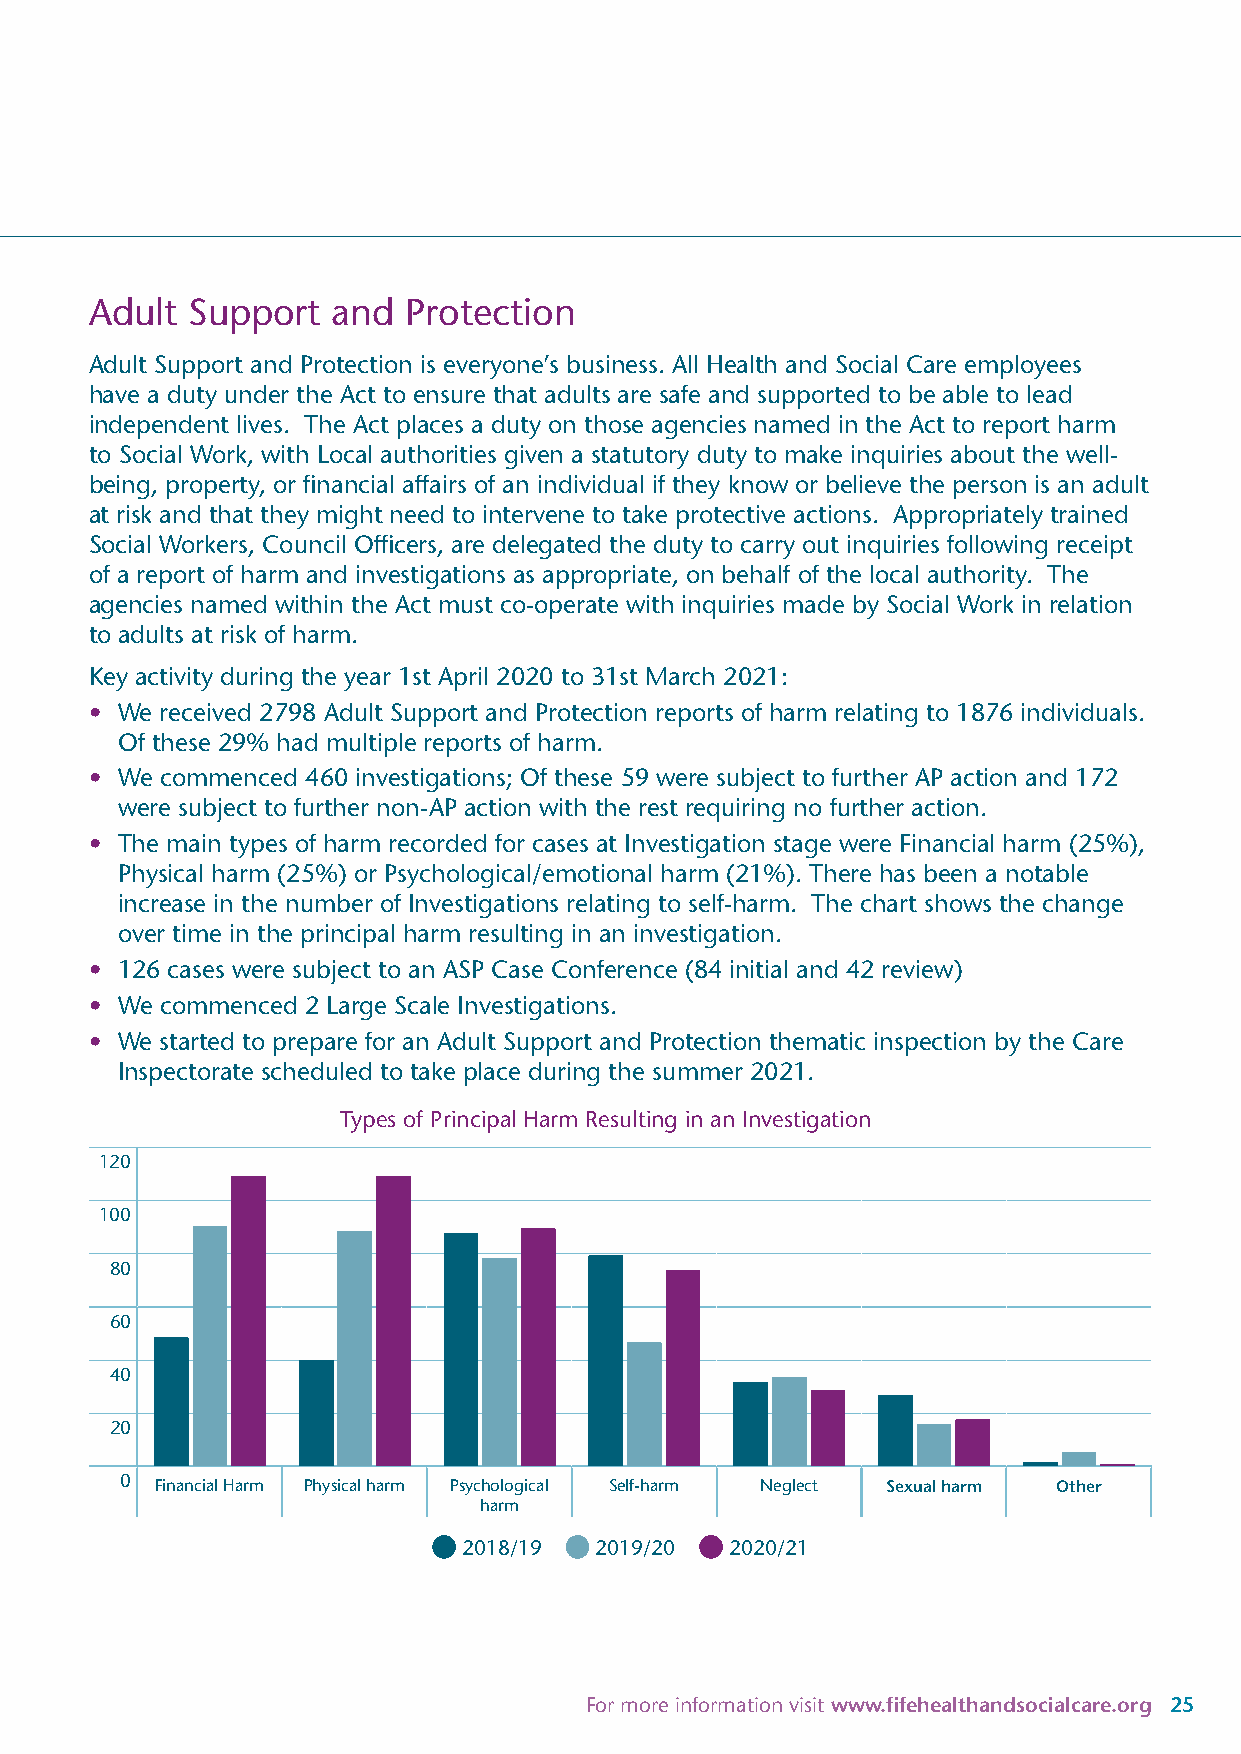
Adult Support   and  Protection
 Adult Support and Protection is everyone’s business. All Health and Social Care employees
 have a duty under the Act to ensure that adults are safe and supported to be able to lead
 independent lives. The Act places a duty on those agencies named in the Act to report harm
 to Social Work, with Local authorities given a statutory duty to make inquiries about the well-
 being, property, or financial affairs of an individual if they know or believe the person is an adult
 at risk and that they might need to intervene to take protective actions. Appropriately trained
 Social Workers, Council Officers, are delegated the duty to carry out inquiries following receipt
 of a report of harm and investigations as appropriate, on behalf of the local authority. The
 agencies named within the Act must co-operate with inquiries made by Social Work in relation
 to adults at risk of harm.
 Key activity during the year 1st April 2020 to 31st March 2021:
 • We received 2798 Adult Support and Protection reports of harm relating to 1876 individuals.
 Of these 29% had multiple reports of harm.
 • We commenced 460 investigations; Of these 59 were subject to further AP action and 172
 were subject to further non-AP action with the rest requiring no further action.
 • The main types of harm recorded for cases at Investigation stage were Financial harm (25%),
 Physical harm (25%) or Psychological/emotional harm (21%). There has been a notable
 increase in the number of Investigations relating to self-harm. The chart shows the change
 over time in the principal harm resulting in an investigation.
 • 126 cases were subject to an ASP Case Conference (84 initial and 42 review)
 • We commenced 2 Large Scale Investigations.
 • We started to prepare for an Adult Support and Protection thematic inspection by the Care
 Inspectorate scheduled to take place during the summer 2021.
 Types of Principal Harm Resulting in an Investigation
 120
 100
 80
 60
 40
 20
 0 Financial Harm Physical harm Psychological Self-harm Neglect Sexual harm Other
 harm
 2018/19 2019/20  2020/21
 For more information visit www.fifehealthandsocialcare.org 25